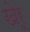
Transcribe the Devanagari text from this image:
खेरू